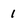
Character: 1